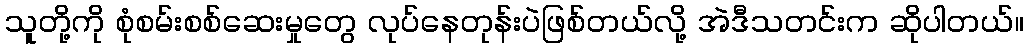
သူတို့ကို စုံစမ်းစစ်ဆေးမှုတွေ လုပ်နေတုန်းပဲဖြစ်တယ်လို့ အဲဒီသတင်းက ဆိုပါတယ်။